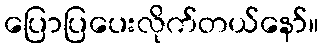
ပြောပြပေးလိုက်တယ်နော်။